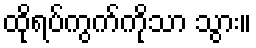
ထိုရပ်ကွက်ကိုသာ သွား။